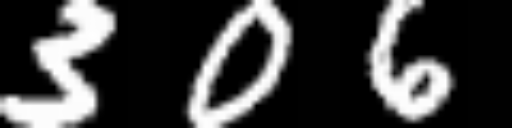
Text: 306